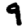
Digit: 9